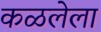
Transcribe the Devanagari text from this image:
कळलेला